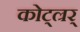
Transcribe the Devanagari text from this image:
कोट्ल्रर्